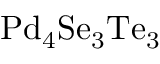
\mathrm { P d _ { 4 } S e _ { 3 } T e _ { 3 } }